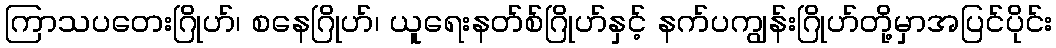
ကြာသပတေးဂြိုဟ်၊ စနေဂြိုဟ်၊ ယူရေးနတ်စ်ဂြိုဟ်နှင့် နက်ပကျွန်းဂြိုဟ်တို့မှာအပြင်ပိုင်း